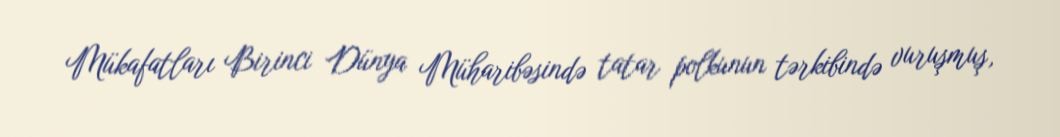
Mükafatları Birinci Dünya Müharibəsində tatar polkunun tərkibində vuruşmuş,